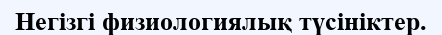
Негізгі физиологиялық түсініктер.